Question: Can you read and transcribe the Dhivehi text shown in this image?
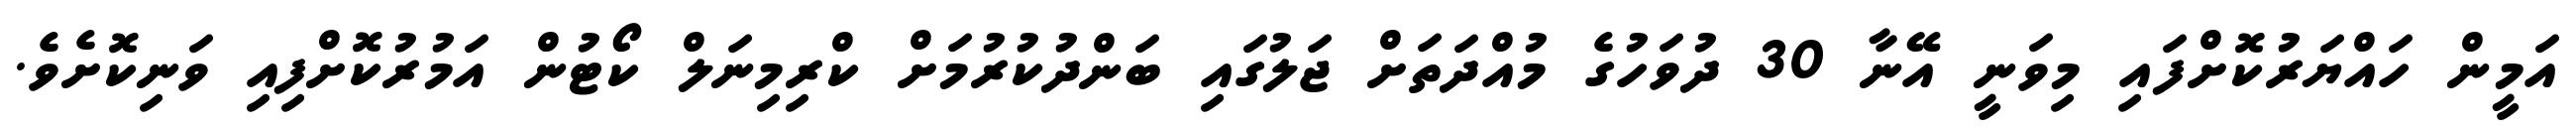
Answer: އަމީން ހައްޔަރުކޮށްފައި މިވަނީ އޭނާ 30 ދުވަހުގެ މުއްދަތަށް ޖަލުގައި ބަންދުކުރުމަށް ކްރިމިނަލް ކޯޓުން އަމުރުކޮށްފިއި ވަނިކޮށެވެ.